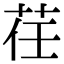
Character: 荏